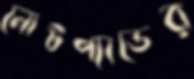
নোটপ্যাডের